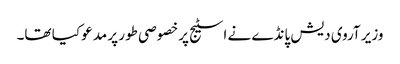
وزیر آروی دیش پانڈے نے اسٹیج پرخصوصی طور پر مدعو کیا تھا۔